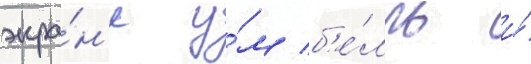
экра́н'е у́м б'е́лль и́